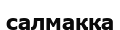
салмаққа